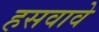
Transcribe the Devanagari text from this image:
हसवावे